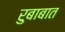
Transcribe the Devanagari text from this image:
रुबाबात